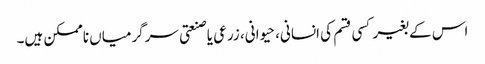
اس کے بغیر کسی قسم کی انسانی، حیوانی، زرعی یا صنعتی سرگرمیاں ناممکن ہیں۔